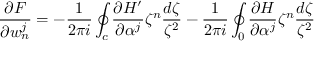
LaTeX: \frac { \partial F } { \partial w _ { n } ^ { j } } = - \frac { 1 } { 2 \pi i } \oint _ { c } \frac { \partial H ^ { \prime } } { \partial \alpha ^ { j } } \zeta ^ { n } \frac { d \zeta } { \zeta ^ { 2 } } - \frac { 1 } { 2 \pi i } \oint _ { 0 } \frac { \partial H } { \partial \alpha ^ { j } } \zeta ^ { n } \frac { d \zeta } { \zeta ^ { 2 } }